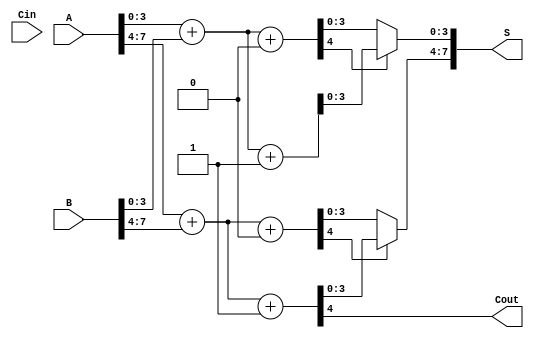
module CarrySelectAdder #(parameter N = 8) (
    input [N-1:0] A,      // First n-bit input
    input [N-1:0] B,      // Second n-bit input
    input Cin,            // Carry-in signal
    output [N-1:0] S,     // n-bit sum output
    output Cout           // Carry-out signal
);

    localparam BLOCK_SIZE = 4; // Size of each block
    localparam NUM_BLOCKS = N / BLOCK_SIZE; // Number of blocks

    wire [BLOCK_SIZE-1:0] sum0 [NUM_BLOCKS-1:0]; // Sums assuming Cin = 0
    wire [BLOCK_SIZE-1:0] sum1 [NUM_BLOCKS-1:0]; // Sums assuming Cin = 1
    wire [NUM_BLOCKS:0] carry; // Carry outputs for each block

    // Generate the sums and carries for each block
    genvar i;
    generate
        for (i = 0; i < NUM_BLOCKS; i = i + 1) begin : block
            wire [BLOCK_SIZE-1:0] A_block = A[(i+1)*BLOCK_SIZE-1:i*BLOCK_SIZE];
            wire [BLOCK_SIZE-1:0] B_block = B[(i+1)*BLOCK_SIZE-1:i*BLOCK_SIZE];

            // Calculate sum and carry assuming Cin = 0
            assign {carry[i], sum0[i]} = A_block + B_block + 1'b0;

            // Calculate sum and carry assuming Cin = 1
            assign {carry[i+1], sum1[i]} = A_block + B_block + 1'b1;
        end
    endgenerate

    // Select the correct sum and carry based on the carry from the previous block
    generate
        for (i = 0; i < NUM_BLOCKS; i = i + 1) begin : select
            assign S[(i+1)*BLOCK_SIZE-1:i*BLOCK_SIZE] = (carry[i] ? sum1[i] : sum0[i]);
        end
    endgenerate

    // Final carry-out is the carry from the last block
    assign Cout = carry[NUM_BLOCKS];

endmodule